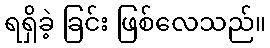
ရရှိခဲ့ ခြင်း ဖြစ်လေသည်။